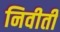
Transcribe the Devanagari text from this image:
निवीती